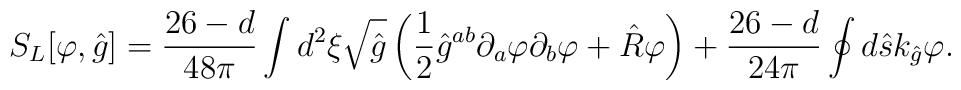
{S_L}[\varphi,\hat{g}]={{26-d}\over{48\pi}}\int{d^2}\xi\sqrt{\hat{g}}\left({1\over{2}}{\hat{g}^{ab}}{\partial_a}\varphi{\partial_b}\varphi+\hat{R}\varphi\right)+{{26-d}\over{24\pi}}\oint{d}\hat{s}{k_{\hat{g}}}\varphi.